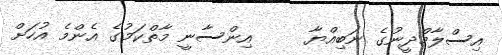
އިސްލާމްދީނުގެ ނަބިއްޔާ     އިންސާނީ މާތްކަމުގެ އެންމެ އުހަށް